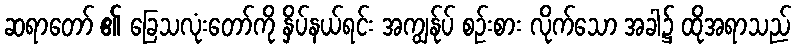
ဆရာတော် ၏ ခြေသလုံးတော်ကို နှိပ်နယ်ရင်း အကျွန်ုပ် စဉ်းစား လိုက်သော အခါ၌ ထိုအရာသည်